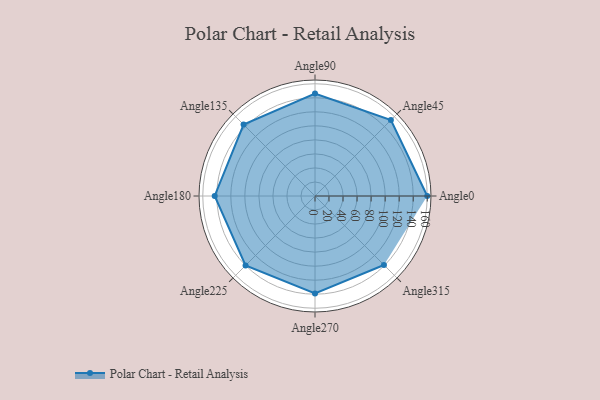
{"axis": {"x": "Angle", "y": "Radius"}, "legend": [""], "data": [{"x": "Angle0", "y": 160.0, "type": ""}, {"x": "Angle45", "y": 153.0, "type": ""}, {"x": "Angle90", "y": 146.0, "type": ""}, {"x": "Angle135", "y": 144.0, "type": ""}, {"x": "Angle180", "y": 143.0, "type": ""}, {"x": "Angle225", "y": 140.0, "type": ""}, {"x": "Angle270", "y": 139.0, "type": ""}, {"x": "Angle315", "y": 139.0, "type": ""}]}